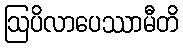
ဩပိလာပေဿာမီတိ